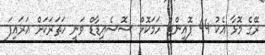
ރޭގެ މޮޅާ އެކު 44 ޕޮއިންޓް ހަމަކޮށް ސޮސެއިޑާޑް ވަނީ ހަތަރަކަށް އަރައިފަ